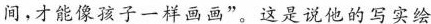
间，才能像孩子一样画画”--这是说他的写实绘